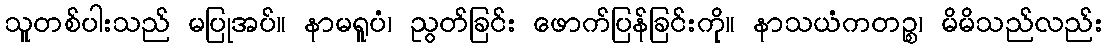
သူတစ်ပါးသည် မပြုအပ်။ နာမရူပံ၊ ညွတ်ခြင်း ဖောက်ပြန်ခြင်းကို။ နာသယံကတဉ္စ၊ မိမိသည်လည်း